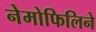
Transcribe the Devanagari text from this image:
नेमोफिलिने